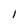
Character: 1